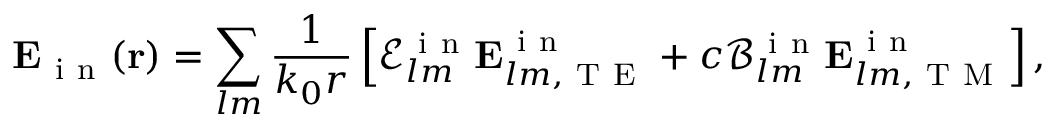
\mathbf { E } _ { \mathrm { ~ i ~ n ~ } } ( \mathbf { r } ) = \sum _ { l m } \frac { 1 } { k _ { 0 } r } \left[ \mathcal { E } _ { l m } ^ { \mathrm { ~ i ~ n ~ } } \mathbf { E } _ { l m , \mathrm { ~ T ~ E ~ } } ^ { \mathrm { ~ i ~ n ~ } } + c \mathcal { B } _ { l m } ^ { \mathrm { ~ i ~ n ~ } } \mathbf { E } _ { l m , \mathrm { ~ T ~ M ~ } } ^ { \mathrm { ~ i ~ n ~ } } \right] ,